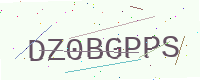
Text: DZ0BGPPS